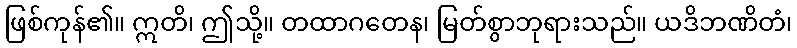
ဖြစ်ကုန်၏။ ဣတိ၊ ဤသို့။ တထာဂတေန၊ မြတ်စွာဘုရားသည်။ ယဒိဘဏိတံ၊